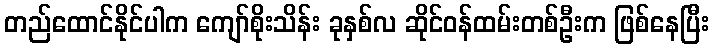
တည်ထောင်နိုင်ပါက ကျော်စိုးသိန်း ခုနှစ်လ ဆိုင်ဝန်ထမ်းတစ်ဦးက ဖြစ်နေပြီး